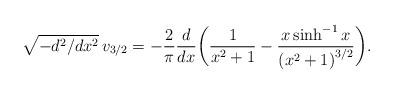
LaTeX: \begin{align*} \sqrt{-d^2/dx^2}\, v_{3/2} = -\frac{2}{\pi} \frac{d}{dx}\bigg( \frac{1}{x^2+1}-\frac{x\sinh^{-1}x}{\left(x^2+1\right)^{3/2}} \bigg).\end{align*}